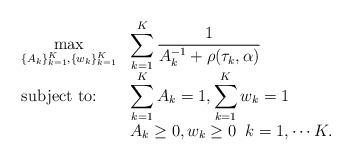
LaTeX: \begin{align*}\begin{array} {ll}\displaystyle \max_{\{A_{k}\}_{k =1}^{K},\{w_{k}\}_{k =1}^{K}} & \displaystyle \sum_{k = 1}^{K} \frac{1}{A_{k}^{-1} + \rho(\tau_{k}, \alpha)} \\\mbox{subject to:} & \displaystyle \sum_{k = 1}^{K} A_{k} = 1, \sum_{k = 1}^{K} w_{k} = 1 \\& A_{k} \geq 0, w_{k} \geq 0 \; \; k = 1,\cdots K. \\\end{array}\end{align*}